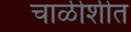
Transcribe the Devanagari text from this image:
चाळीशीत